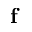
\bf \delta f